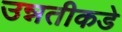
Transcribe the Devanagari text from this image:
उन्नतीकडे